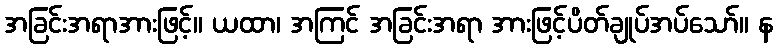
အခြင်းအရာအားဖြင့်။ ယထာ၊ အကြင် အခြင်းအရာ အားဖြင့်ပိတ်ချုပ်အပ်သော်။ န